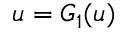
u = G _ { 1 } ( u )